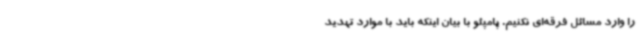
را وارد مسائل فرقه‌ای نکنیم. پامپئو با بیان اینکه باید با موارد تهدید